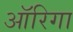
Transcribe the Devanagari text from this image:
ऑरिगा